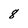
Character: 8